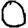
Digit: 0